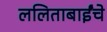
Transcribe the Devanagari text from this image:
ललिताबाईंचे